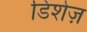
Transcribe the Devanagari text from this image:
डिशेज़